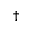
^ { \dagger }